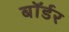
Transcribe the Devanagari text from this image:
बाॅर्डर